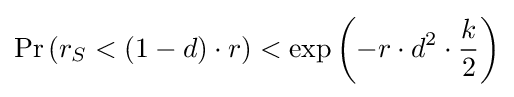
\Pr \left(r_{S}<(1-d)\cdot r\right)<\exp \left(-r\cdot d^{2}\cdot {\frac {k}{2}}\right)